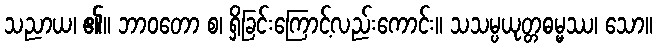
သညာယ၊ ၏။ ဘာဝတော စ၊ ရှိခြင်းကြောင့်လည်းကောင်း။ သသမ္ပယုတ္တဓမ္မဿ၊ သော။